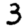
Digit: 3